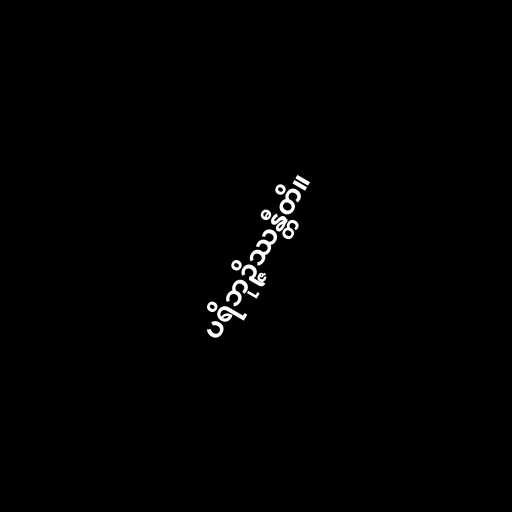
ပရိဘုဉ္ဇိဿန္တီတိ။